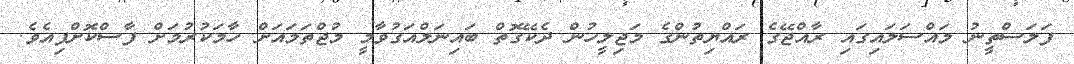
ފަލަސްތީނު މައްސަލައިގައި ރާއްޖޭގެ ރައްޔިތުންގެ މަޖިލީހުން ދެކޭގޮތް ބައިނަލްއަގުވާމީ މުޖްތަމައަށް ހާމަކުރުމަށް ފާސްކޮށްފިއެެވެ.